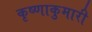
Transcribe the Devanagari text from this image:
कृष्णाकुमारी